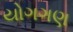
યોગગણ